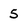
Character: 5